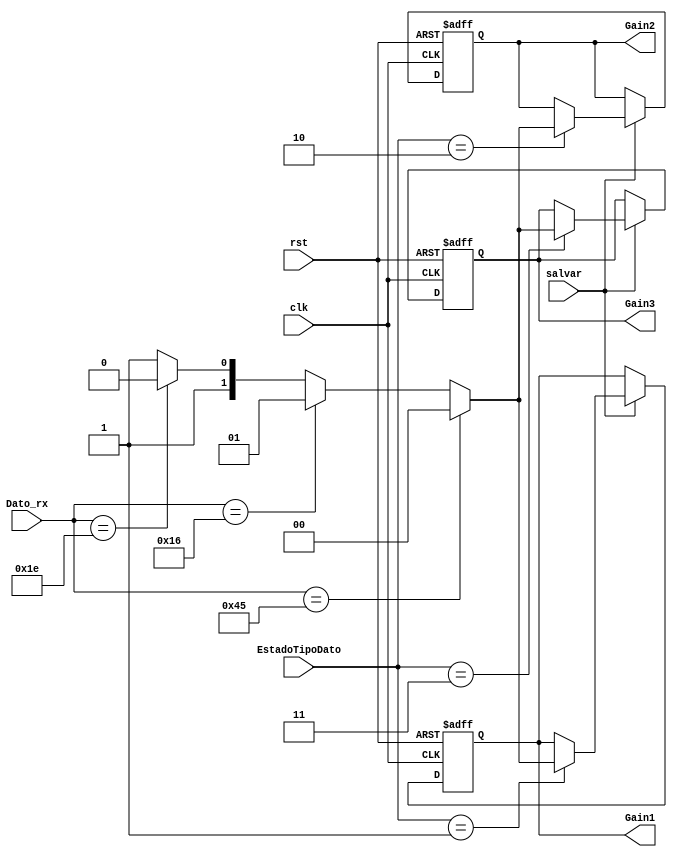
`timescale 1ns / 1ps
//////////////////////////////////////////////////////////////////////////////////
// Company: Tecnolgico Costa Rica
// 
// Design Name: 
// Module Name:    DecodificadorTecla
// Project Name: 
// Target Devices: 
// Tool versions: 
// Description: 
//
// Dependencies: 
//
// Revision: 
// Revision 0.01 - File Created
// Additional Comments: 
//
//////////////////////////////////////////////////////////////////////////////////

module DecodificadorTecla(
	//Dato entrante del teclado
	input wire [7:0] Dato_rx,
	//Seal para guardar
	input wire salvar,
	//Seal que indica la clase de dato esperado
	input wire [1:0] EstadoTipoDato,
	//Seal clk y rst
	input wire clk,rst,
	//variables programables
	output wire [1:0] Gain1,
	output wire [1:0] Gain2,
	output wire [1:0] Gain3
    );
localparam [1:0]
	gain1 = 2'h1,
	gain2 = 2'h2,
	gain3 = 2'h3;

reg [1:0] gain1_reg, gain1_sig;
reg [1:0] gain2_reg, gain2_sig;
reg [1:0] gain3_reg, gain3_sig;
wire [1:0] gain_deco;

	always@(posedge clk, posedge rst)
	begin
		if(rst)
		begin
			gain1_reg <= 2'b0;
			gain2_reg <= 2'b0;
			gain3_reg <= 2'b0;
		end
		else
		begin
			gain1_reg <= gain1_sig;
			gain2_reg <= gain2_sig;
			gain3_reg <= gain3_sig;	
		end
	end

	always@*
	begin
		gain1_sig = gain1_reg;
		gain2_sig = gain2_reg;
		gain3_sig = gain3_reg;
		if(salvar)
		begin
			case(EstadoTipoDato)
				gain1:
					gain1_sig = gain_deco;
				gain2:
					gain2_sig = gain_deco;
				gain3:
					gain3_sig = gain_deco;
			endcase
		end
	end	
	
	assign gain_deco = 	(Dato_rx == 8'h45) ? 2'b0 :	
				(Dato_rx == 8'h16) ? 2'b1 :
				(Dato_rx == 8'h1e) ? 2'b10 : 
				2'b11;

	assign Gain1 = gain1_reg;
	assign Gain2 = gain2_reg;
	assign Gain3 = gain3_reg;

endmodule